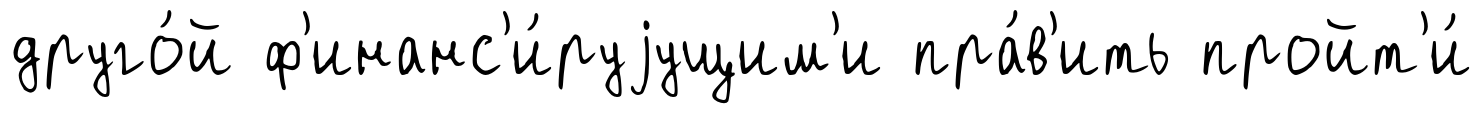
друго́й ф'инанс'и́руjущим'и пра́в'ить пройт'и́